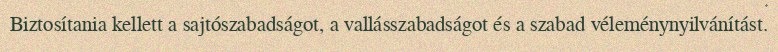
Biztosítania kellett a sajtószabadságot, a vallásszabadságot és a szabad véleménynyilvánítást.